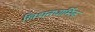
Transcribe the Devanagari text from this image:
ख्रिश्चनधार्मिक